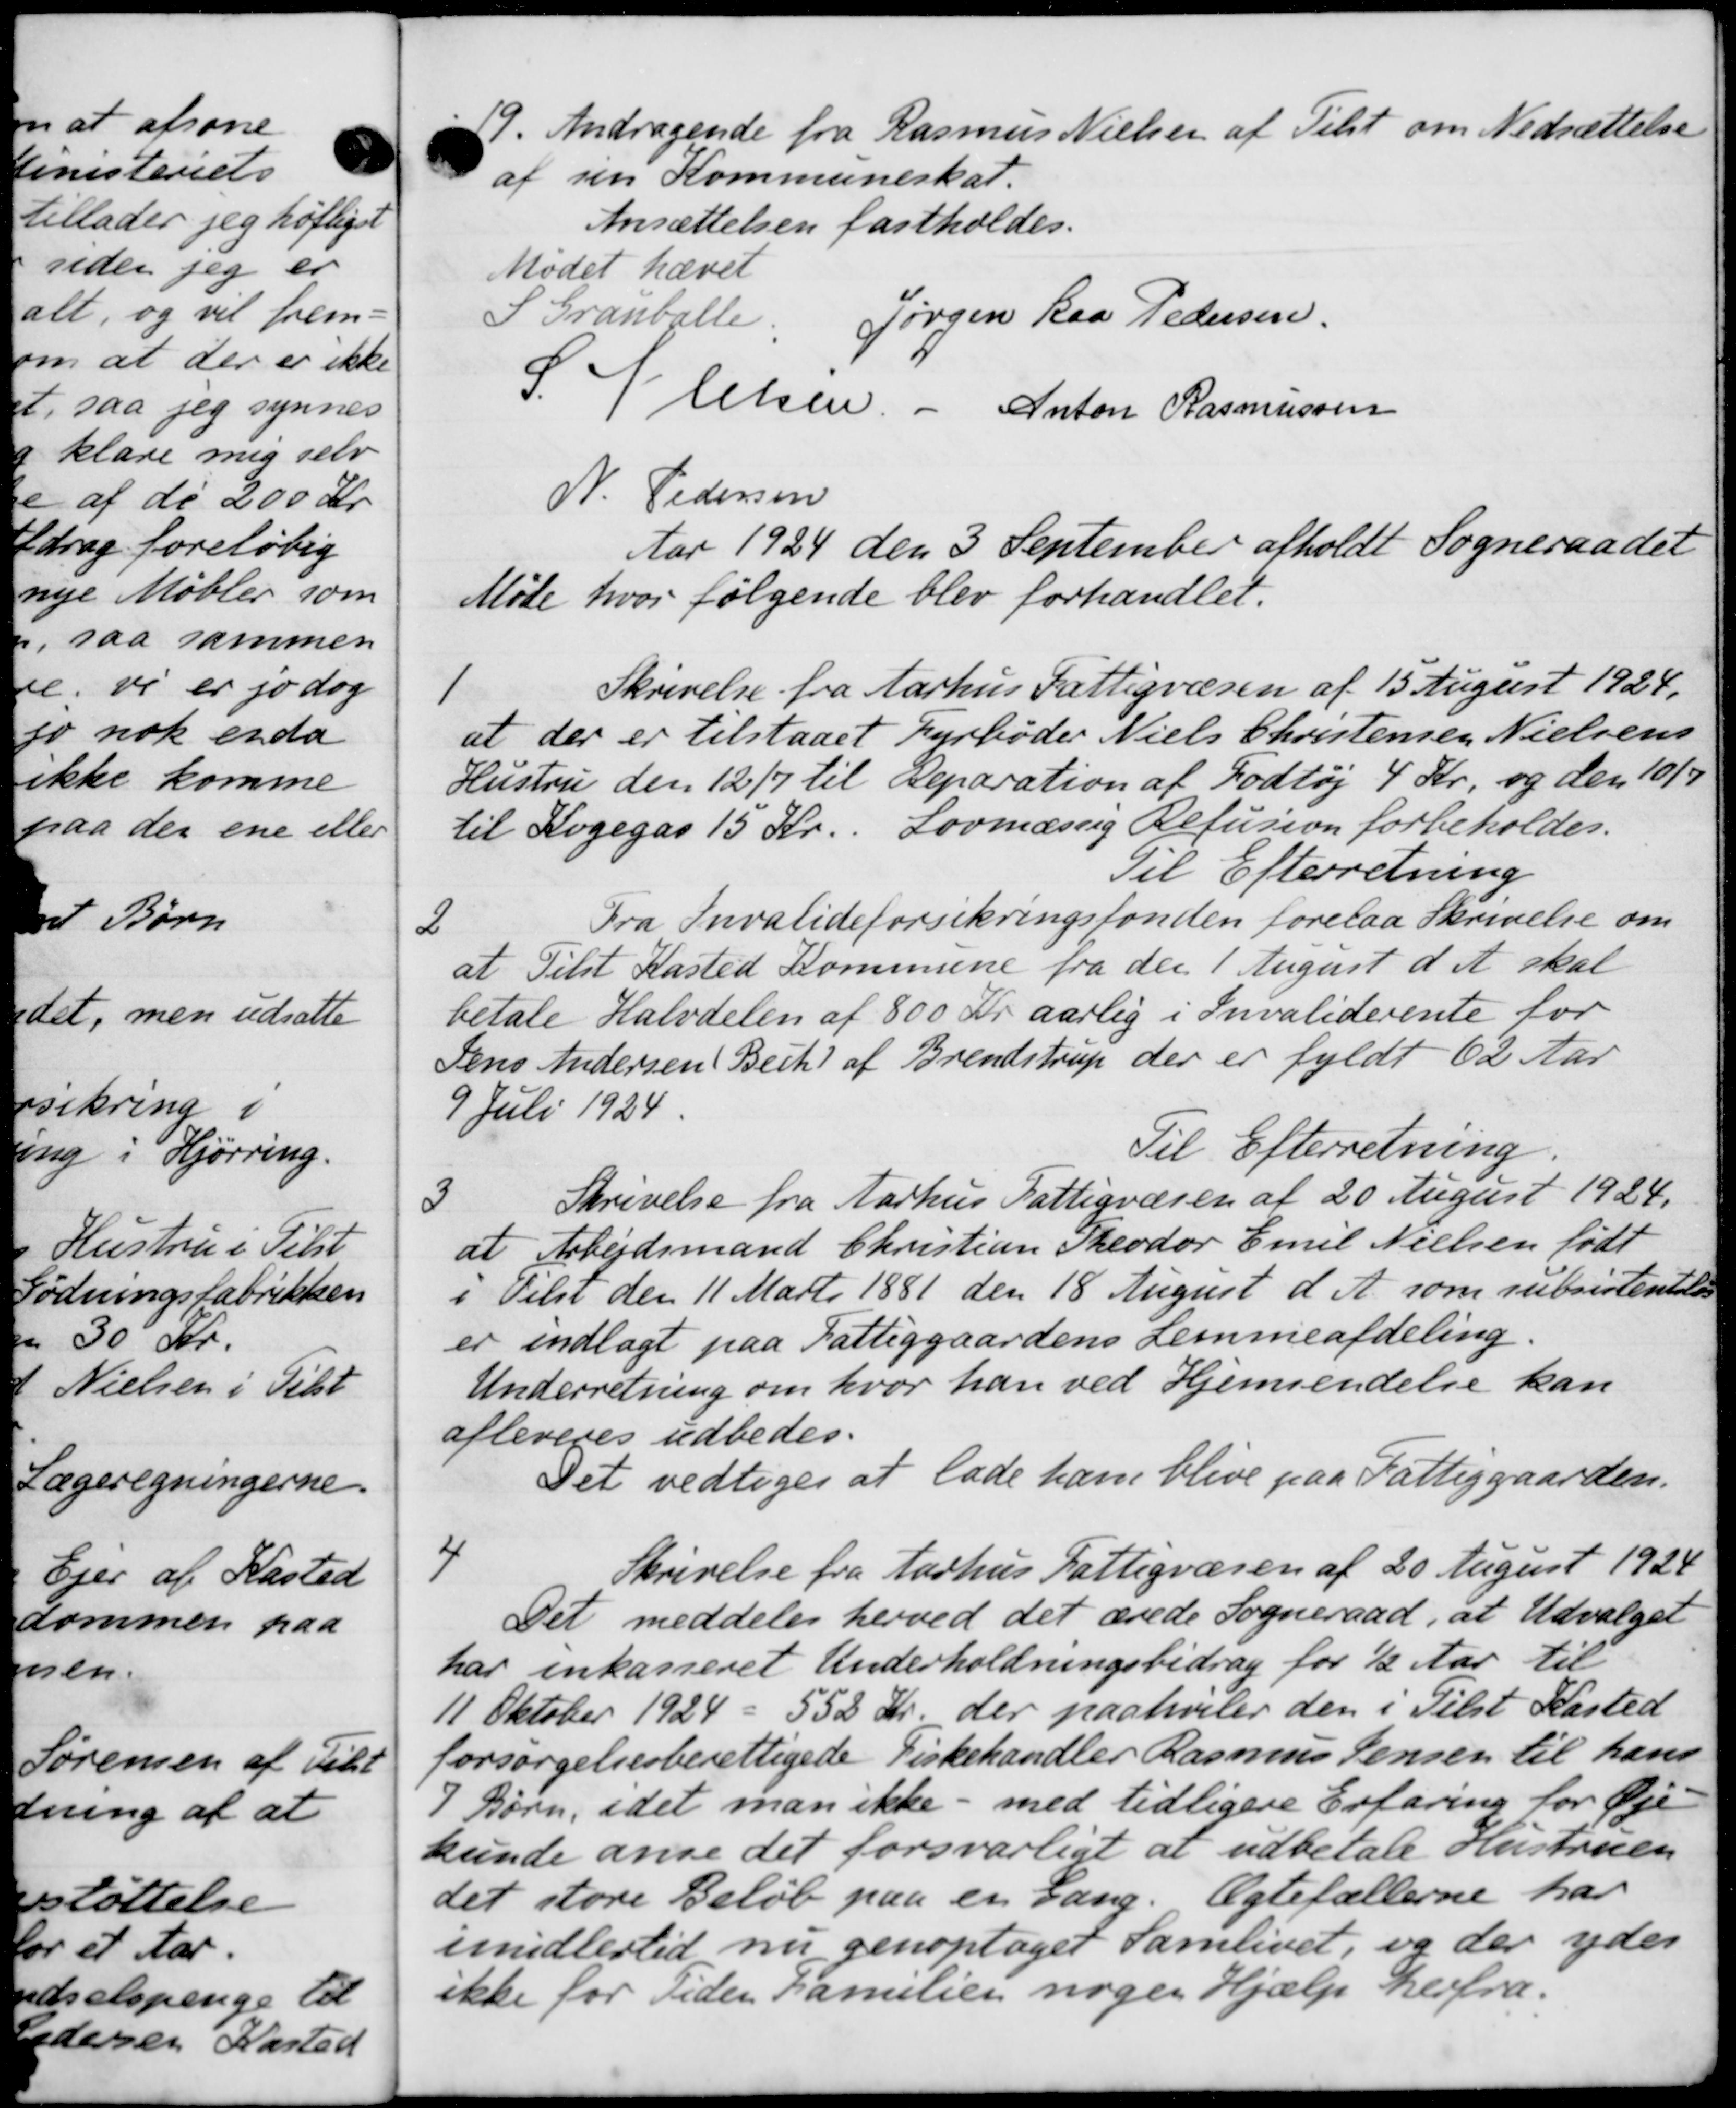
Transskription:
19.
Andragende fra Rasmus Nielsen af Tilst om Nedsættelse
af sin Kommuneskat.
Ansættelsen fastholdes.
Mødet hævet
S Granballe.
Jørgen Kaa Pedersen
94 lelsen. - Anton Rasmussen
N. Pedersen
Aar 1924 den 3 September afholdt Sogneraadet
Møde hvor følgende blev forhandlet.
1
Skrivelse fra Aarhus Fattigvæsen af 15 August 1924.
at der er tilstaaet Fyrbøder Niels Christensen Nielsens
Hustru den 12/7 til exeparation af Fodtøj 4 Kr. og den 10/3
til Kogegas 15 Kr. Lovmæssig Refusion forbeholdes.
Til Efterretning
2
Fra Invalideforsikringsfonden forelaa Skrivelse om
at Tilst Kasted Kommune fra den 1 August d. A. skal
betale Halvdelen af 800 Kr. aarlig i Invaliderente for
Jens Andersen Bech) af Brendstrup der er fyldt 62 Aar
9 Juli 1924
Til Efterretning.
3
Skrivelse fra Aarhus Fattigvæsen af 20 August 1924.
at Arbejdsmand Christian Theodor Emil Nielsen født
i Tilst den 11 Marts 1881 den 18 August d. A. som subsistentele
er indlagt paa Fattiggaardens Lemmeafdeling
Underretning om hvor han ved Hjemsendelse kan
afleveres udbedes.
Det vedtoges at lade ham blive paa Fattiggaarden.
4
Skrivelse fra Aarhus Fattigvæsen af 20 August 1924
Det meddeles herved det ærede Sogneraad, at Udvalget
har inkasseret Underholdningsbidrag for ½ Aar til
11 Oktober 1924 - 552 Kr. der paahviler den i Tilst Kasted
forsørgelsesberettigede Fiskehandler Rasmus Jensen til hans
9 Børn, idet man ikke - med tidligere Erfaring for Øje-
kunde anse det forsvarligt at udbetale Hustruen
det store Beløb paa en Gang. Ægtefællerne har
imidlertid nu genoptaget samlinget, og der ydes
ikke for Tiden Familien nogen Hjælp herfra.